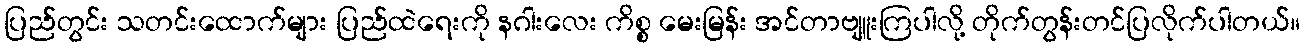
ပြည်တွင်း သတင်းထောက်များ ပြည်ထဲရေးကို နဂါးလေး ကိစ္စ မေးမြန်း အင်တာဗျူးကြပါလို့ တိုက်တွန်းတင်ပြလိုက်ပါတယ်။